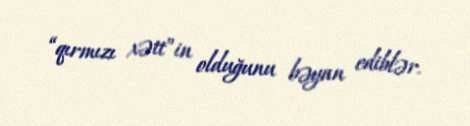
“qırmızı xətt”in olduğunu bəyan ediblər.